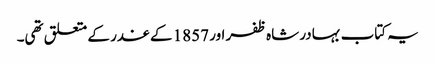
یہ کتاب بہادر شاہ ظفر اور 1857 کے غدر کے متعلق تھی۔